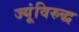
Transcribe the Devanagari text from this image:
ज्यूंविरुद्ध